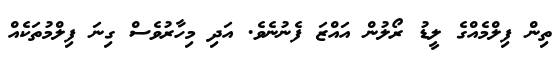
ތިން ފިލްމެއްގެ ލީޑު ރޯލުން އައްޒަ ފެނުނެވެ. އަދި މިހާރުވެސް ގިނަ ފިލްމުތަކެއް